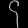
Digit: ၄